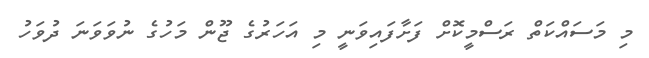
މި މަސައްކަތް ރަސްމީކޮށް ފަށާފައިވަނީ މި އަހަރުގެ ޖޫން މަހުގެ ނުވަވަނަ ދުވަހު